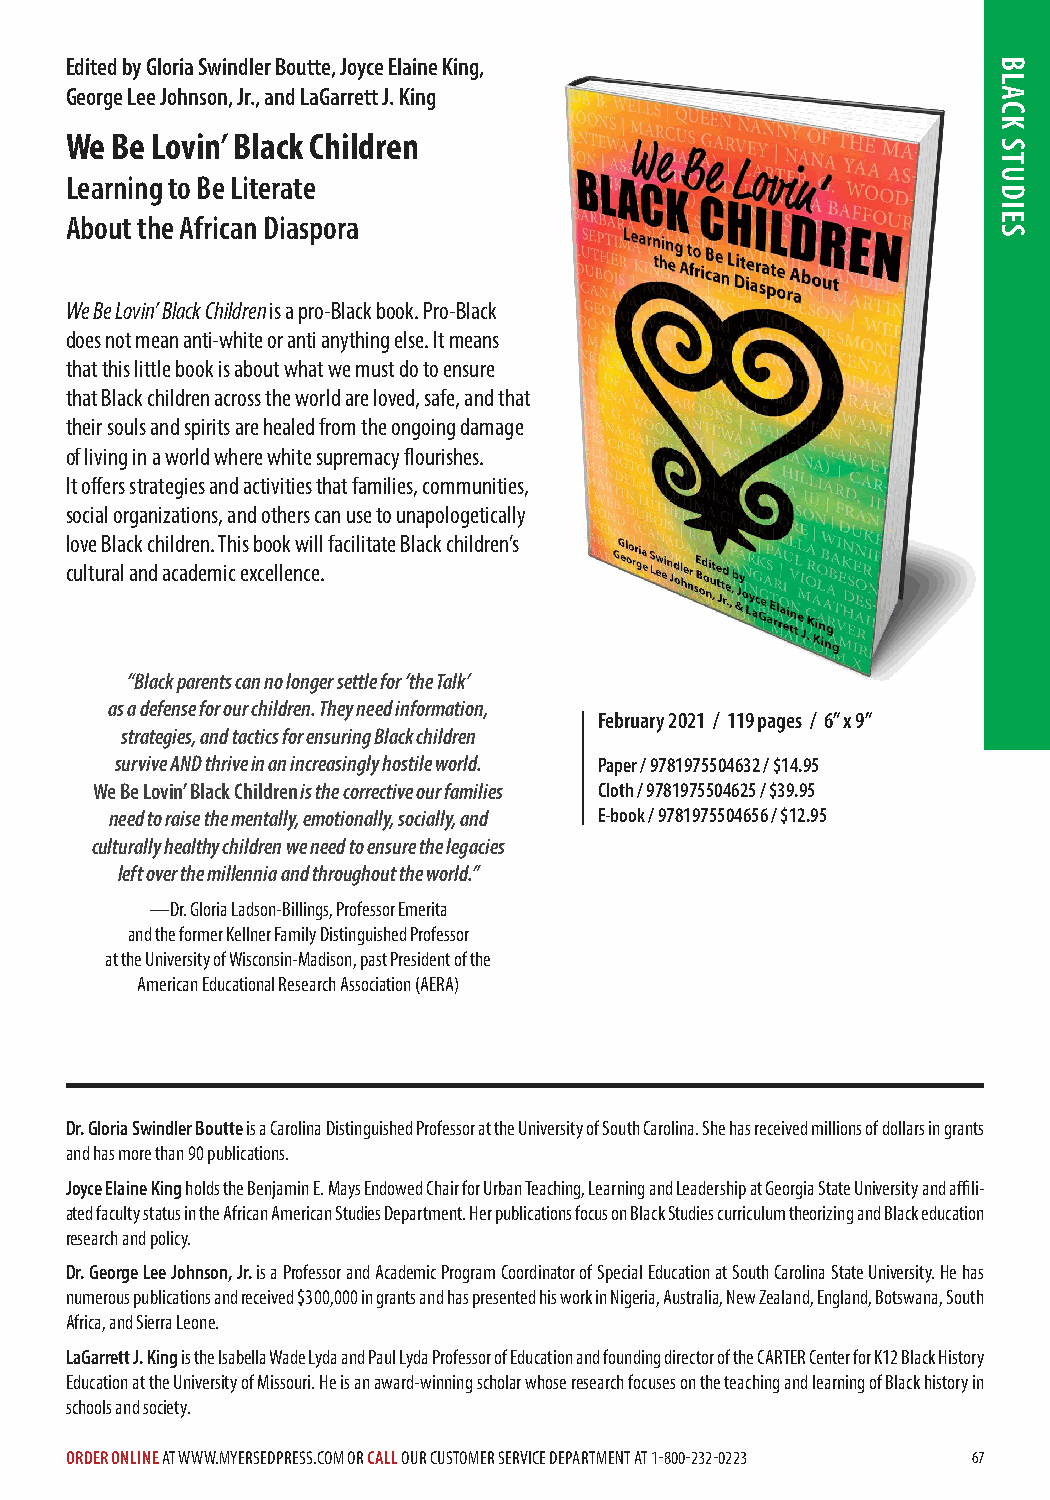
Edited by Gloria Swindler Boutte, Joyce Elaine King,
 George Lee Johnson, Jr., and LaGarrett J. King
 We Be Lovin’ Black Children
 Learning to Be Literate
 About the African Diaspora
 We Be Lovin’ Black Children is a pro-Black book. Pro-Black
 does not mean anti-white or anti anything else. It means
 that this little book is about what we must do to ensure
 that Black children across the world are loved, safe, and that
 their souls and spirits are healed from the ongoing damage
 of living in a world where white supremacy flourishes.
 It offers strategies and activities that families, communities,
 social organizations, and others can use to unapologetically
 love Black children. This book will facilitate Black children’s
 cultural and academic excellence.
 “Black parents can no longer settle for ‘the Talk’
 as a defense for our children. They need information,
 February 2021 / 119 pages / 6” x 9”
 strategies, and tactics for ensuring Black children
 survive AND thrive in an increasingly hostile world. Paper / 9781975504632 / $14.95
 We Be Lovin’ Black Children is the corrective our families Cloth / 9781975504625 / $39.95
 need to raise the mentally, emotionally, socially, and E-book / 9781975504656 / $12.95
 culturally healthy children we need to ensure the legacies
 left over the millennia and throughout the world.”
 —Dr. Gloria Ladson-Billings, Professor Emerita
 and the former Kellner Family Distinguished Professor
 at the University of Wisconsin-Madison, past President of the
 American Educational Research Association (AERA)
 Dr. Gloria Swindler Boutte is a Carolina Distinguished Professor at the University of South Carolina. She has received millions of dollars in grants
 and has more than 90 publications.
 Joyce Elaine King holds the Benjamin E. Mays Endowed Chair for Urban Teaching, Learning and Leadership at Georgia State University and affili-
 ated faculty status in the African American Studies Department. Her publications focus on Black Studies curriculum theorizing and Black education
 research and policy.
 Dr. George Lee Johnson, Jr. is a Professor and Academic Program Coordinator of Special Education at South Carolina State University. He has
 numerous publications and received $300,000 in grants and has presented his work in Nigeria, Australia, New Zealand, England, Botswana, South
 Africa, and Sierra Leone.
 LaGarrett J. King is the Isabella Wade Lyda and Paul Lyda Professor of Education and founding director of the CARTER Center for K12 Black History
 Education at the University of Missouri. He is an award-winning scholar whose research focuses on the teaching and learning of Black history in
 schools and society.
 ORDER ONLINE AT WWW.MYERSEDPRESS.COM OR CALL OUR CUSTOMER SERVICE DEPARTMENT AT 1-800-232-0223 67
 BLACK
 STUDIES